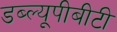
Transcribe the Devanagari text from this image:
डब्ल्यूपीबीटी